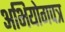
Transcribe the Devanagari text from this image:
अभियोगपत्र